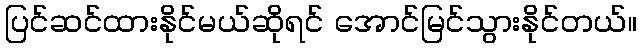
ပြင်ဆင်ထားနိုင်မယ်ဆိုရင် အောင်မြင်သွားနိုင်တယ်။